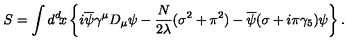
S = \int d ^ { d } \! x \left\{ i \overline { { \psi } } \gamma ^ { \mu } D _ { \mu } \psi - { \frac { N } { 2 \lambda } } ( \sigma ^ { 2 } + \pi ^ { 2 } ) - \overline { { \psi } } ( \sigma + i \pi \gamma _ { 5 } ) \psi \right\} .